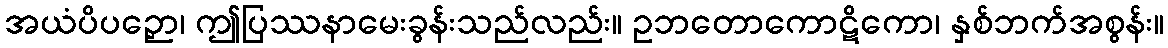
အယံပိပဉှော၊ ဤပြဿနာမေးခွန်းသည်လည်း။ ဥဘတောကောဋိကော၊ နှစ်ဘက်အစွန်း။